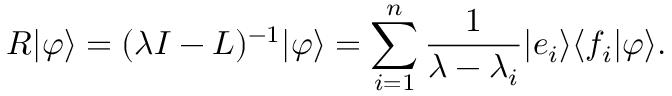
R | \varphi \rangle = ( \lambda I - L ) ^ { - 1 } | \varphi \rangle = \sum _ { i = 1 } ^ { n } { \frac { 1 } { \lambda - \lambda _ { i } } } | e _ { i } \rangle \langle f _ { i } | \varphi \rangle .